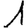
Digit: 1